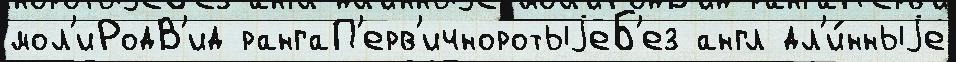
мол'иРодВ'ид рангаП'ерв'ичноротыjеБ'ез англ дл'и́нныjе